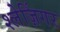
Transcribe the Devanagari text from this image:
श्लेज़िंगर